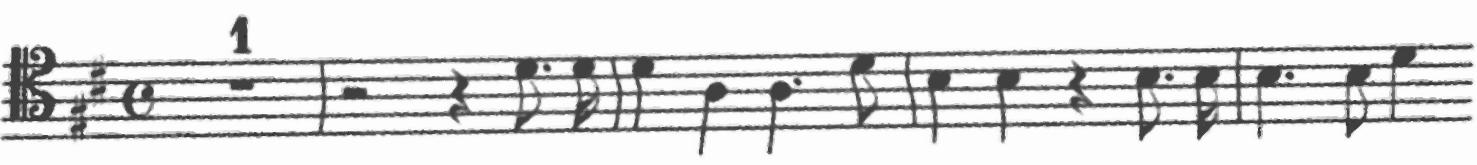
Transcription: clef-C4 keySignature-DM timeSignature-C multirest-1 barline rest-half rest-quarter note-D4_eighth. note-D4_sixteenth barline note-D4_quarter note-A3_quarter note-A3_quarter. note-D4_eighth barline note-B3_quarter note-B3_quarter rest-quarter note-B3_eighth. note-B3_sixteenth barline note-B3_quarter. note-B3_eighth note-D4_quarter